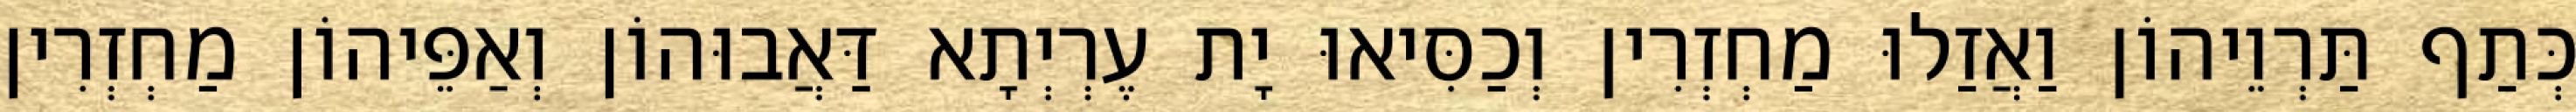
כְּתַף תַּרְוֵיהוֹן וַאֲזַלוּ מַחְזְרִין וְכַסִּיאוּ יָת עֶרְיְתָא דַּאֲבוּהוֹן וְאַפֵּיהוֹן מַחְזְרִין